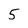
Character: 5